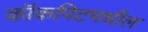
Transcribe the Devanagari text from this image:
कॉकपिटमधील